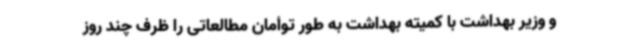
و وزیر بهداشت با کمیته بهداشت به طور توأمان مطالعاتی را ظرف چند روز